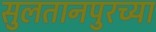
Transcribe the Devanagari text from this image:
सुलतानपुरच्या